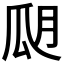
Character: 𤫮